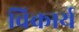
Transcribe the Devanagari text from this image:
विकार्य